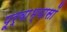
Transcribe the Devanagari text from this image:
पूर्वाभ्यासों